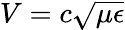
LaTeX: V=c\sqrt{\mu\epsilon}